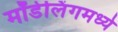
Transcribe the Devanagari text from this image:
मॉडेलिंगमध्ये